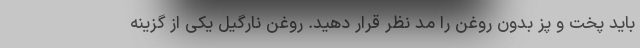
باید پخت و پز بدون روغن را مد نظر قرار دهید. روغن نارگیل یکی از گزینه